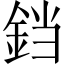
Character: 𫟰